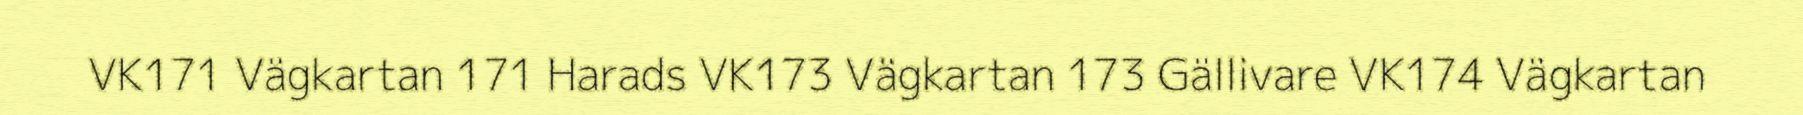
VK171 Vägkartan 171 Harads VK173 Vägkartan 173 Gällivare VK174 Vägkartan